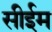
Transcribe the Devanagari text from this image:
सीईम